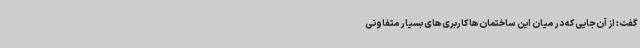
گفت: از آن‌جایی که در میان این ساختمان‌ها کاربری‌های بسیار متفاوتی